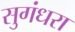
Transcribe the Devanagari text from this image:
सुगंधरा